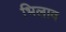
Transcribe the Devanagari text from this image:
भिलाव